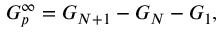
G _ { p } ^ { \infty } = G _ { N + 1 } - G _ { N } - G _ { 1 } ,